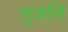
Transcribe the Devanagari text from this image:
सृजसि